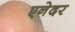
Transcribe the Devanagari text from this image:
एनेदर